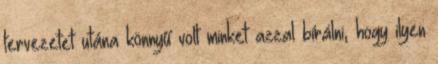
tervezetet utána könnyű volt minket azzal bírálni, hogy ilyen